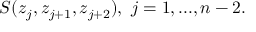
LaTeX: S ( z _ { j } , z _ { j + 1 } , z _ { j + 2 } ) , \ j = 1 , . . . , n - 2 .